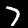
Label: 7